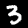
Label: 3